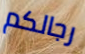
رجالكم